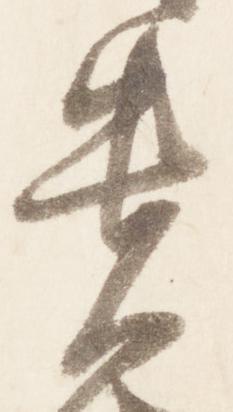
貴